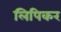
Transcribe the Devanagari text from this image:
लिपिकर